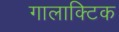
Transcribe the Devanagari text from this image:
गालाक्टिक